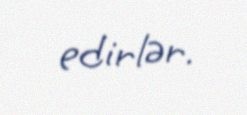
edirlər.